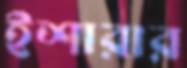
ইশারার